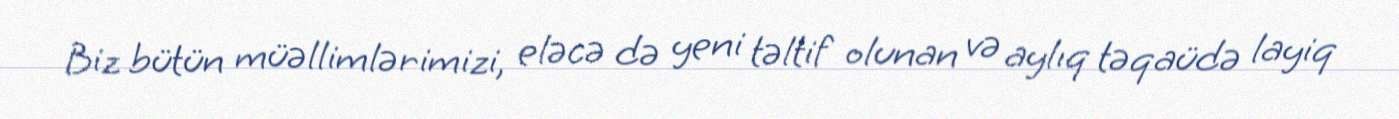
Biz bütün müəllimlərimizi, eləcə də yeni təltif olunan və aylıq təqaüdə layiq